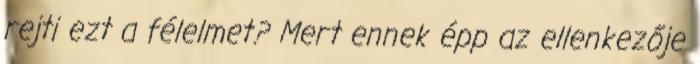
rejti ezt a félelmet? Mert ennek épp az ellenkezője